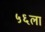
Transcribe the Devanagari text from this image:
५६ला